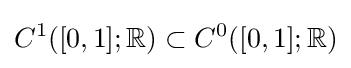
C^{1}([0,1];\mathbb {R} )\subset C^{0}([0,1];\mathbb {R} )